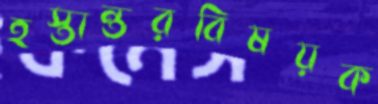
হস্তান্তরবিষয়ক